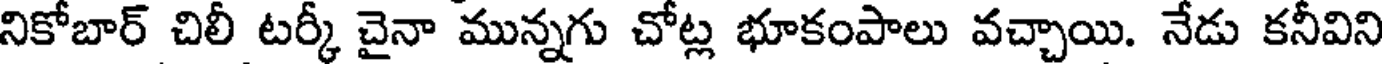
నికోబార్ చిలీ టర్కీ చైనా మున్నగు చోట్ల భూకంపాలు వచ్చాయి. నేడు కనీవిని